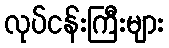
လုပ်ငန်းကြီးများ